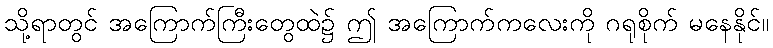
သို့ရာတွင် အကြောက်ကြီးတွေထဲ၌ ဤ အကြောက်ကလေးကို ဂရုစိုက် မနေနိုင်။